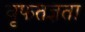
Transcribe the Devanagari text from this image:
वृफतज्ञता